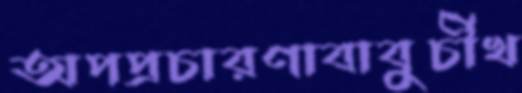
অপপ্রচারণাবাবুর্চীখ